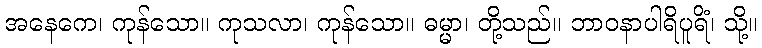
အနေကေ၊ ကုန်သော။ ကုသလာ၊ ကုန်သော။ ဓမ္မာ၊ တို့သည်။ ဘာဝနာပါရိပူရိံ၊ သို့။